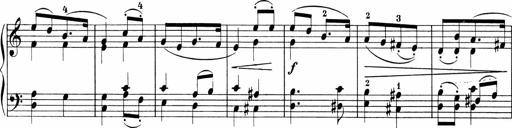
Title: 3 Sonatinas
Composer: Carl Reinecke